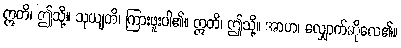
ဣတိ၊ ဤသို့။ သုယျတိ၊ ကြားဖူးပါ၏။ ဣတိ၊ ဤသို့။ အာဟ၊ လျှောက်ဆိုလေ၏။